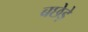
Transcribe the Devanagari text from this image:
बछेड़े